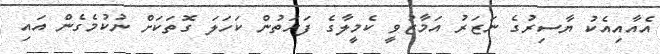
އެއާއިއެކު ޔާސިރުގެ ނަޒަރު އަމާޒުވީ ކެމީލާގެ ފަހަތުން ކަހަލަ ގޮތަކަށް ނުކުމެގެން އައި